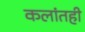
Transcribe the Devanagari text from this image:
कलांतही